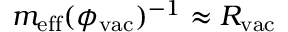
m _ { \mathrm { e f f } } ( \phi _ { \mathrm { v a c } } ) ^ { - 1 } \approx R _ { \mathrm { v a c } }